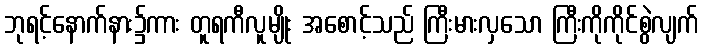
ဘုရင့်နောက်နား၌ကား တူရကီလူမျိုး အစောင့်သည် ကြီးမားလှသော ကြီးကိုကိုင်စွဲလျက်